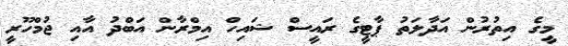
މީގެ އިތުރުން އަދާލަތު ޕާޓީގެ ރައީސް ޝައިހް އިމްރާން އަބްދު އާއި ޖުމްހޫރީ